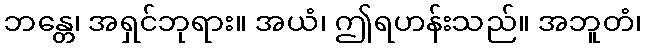
ဘန္တေ၊ အရှင်ဘုရား။ အယံ၊ ဤရဟန်းသည်။ အဘူတံ၊